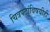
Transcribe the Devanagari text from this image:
चित्रपटांविषयीही